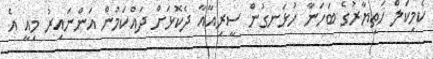
ކެމިކަލް ހަތިޔާރުގެ ބަހަނާ ހުޅަނގުން ސީރިއާއާ ދެކޮޅަށް ދައްކަމުން އަންނައިރު މިއީ އެ